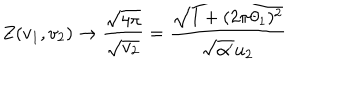
LaTeX: Z ( v _ { 1 } , v _ { 2 } ) \rightarrow \frac { \sqrt { 4 \pi } } { \sqrt { v _ { 2 } } } = \frac { \sqrt { 1 + ( 2 \pi \theta _ { 1 } ) ^ { 2 } } } { \sqrt { \alpha ^ { \prime } } u _ { 2 } }